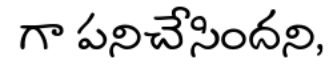
గా పనిచేసిందని,